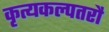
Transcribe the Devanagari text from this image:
कृत्यकल्पतरौ